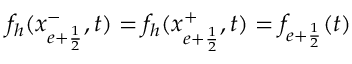
f _ { h } ( x _ { e + \frac { 1 } { 2 } } ^ { - } , t ) = f _ { h } ( x _ { e + \frac { 1 } { 2 } } ^ { + } , t ) = f _ { e + \frac { 1 } { 2 } } ( t )